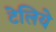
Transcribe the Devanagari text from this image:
टेलिये